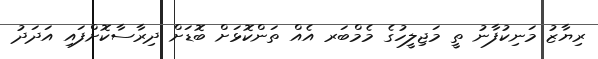
ރިޔާޒު މަނިކުފާނު ތީ މަޖިލީހުގެ މެމްބަރ އެއް ތަންކޮޅަށް ބޮޑަށް ދިރާސާކޮށްފައި އަދަދު